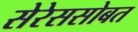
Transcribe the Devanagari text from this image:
सेरेससोबत